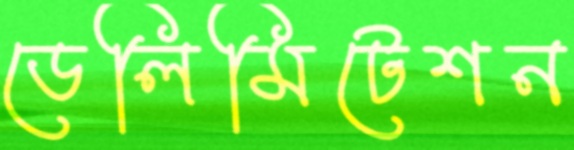
ডেলিমিটেশন